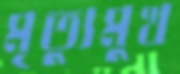
মৃত্যুমুখ